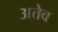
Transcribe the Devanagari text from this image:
अत्तेव